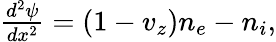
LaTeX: \begin{array}{r}{\frac{d^{2}\psi}{dx^{2}}=(1-v_{z})n_{e}-n_{i},}\end{array}